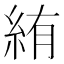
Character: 絠